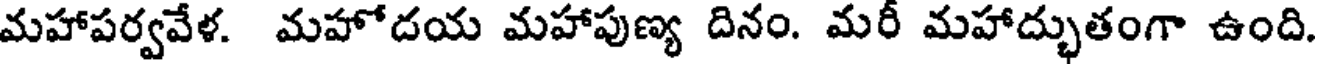
మహాపర్వవేళ. మహోదయ మహాపుణ్య దినం. మరీ మహాద్భుతంగా ఉంది